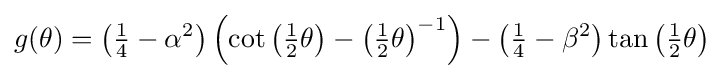
g(\theta )=\left({\tfrac {1}{4}}-\alpha ^{2}\right)\left(\cot \left({\tfrac {1}{2}}\theta \right)-\left({\tfrac {1}{2}}\theta \right)^{-1}\right)-\left({\tfrac {1}{4}}-\beta ^{2}\right)\tan \left({\tfrac {1}{2}}\theta \right)